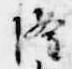
隆